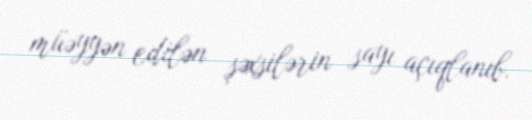
müəyyən edilən şəxsilərin sayı açıqlanıb.